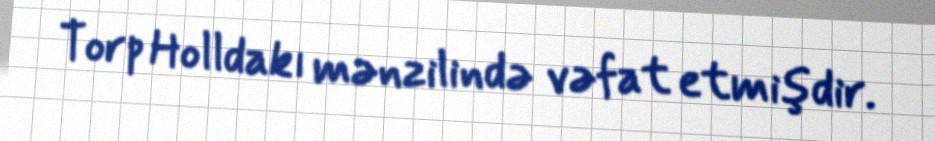
Torp Holldakı mənzilində vəfat etmişdir.